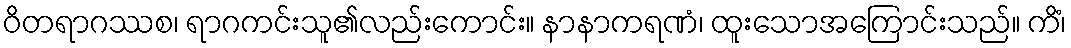
ဝိတရာဂဿစ၊ ရာဂကင်းသူ၏လည်းကောင်း။ နာနာကရဏံ၊ ထူးသောအကြောင်းသည်။ ကိံ၊